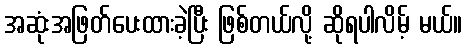
အဆုံးအဖြတ်ပေးထားခဲ့ပြီး ဖြစ်တယ်လို့ ဆိုရပါလိမ့် မယ်။